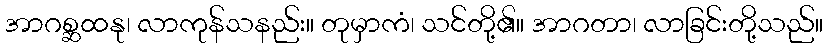
အာဂစ္ဆထနု၊ လာကုန်သနည်း။ တုမှာကံ၊ သင်တို့၏။ အာဂတာ၊ လာခြင်းတို့သည်။